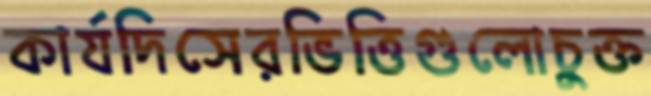
কার্যদিসেরভিত্তিগুলোচুক্ত